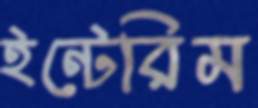
ইন্টেরিম